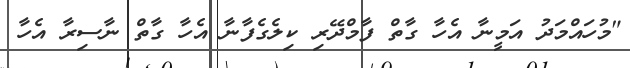
"މުހައްމަދު އަމީނާ އެހާ ގާތް ފާމްދޭރި ކިލެގެފާނާ އެހާ ގާތް ނާސިރާ އެހާ